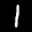
Digit: 1